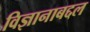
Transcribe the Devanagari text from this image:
विज्ञानाबद्दल